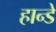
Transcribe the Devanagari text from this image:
हान्डे